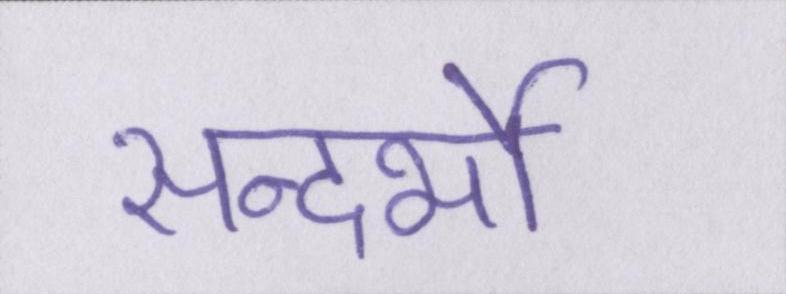
सन्दर्भो